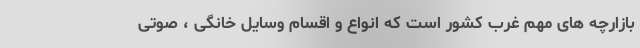
بازارچه های مهم غرب کشور است که انواع و اقسام وسایل خانگی ، صوتی